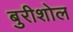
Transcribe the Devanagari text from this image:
बुरीशोल